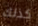
كذلك